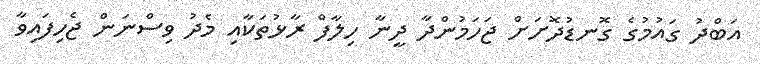
އަބްދު ގައުމުގެ ގޮނޑުދޮށަށް ޖަހަމުންދާ ދީނާ ހިލާފް ރާޅުތަކާއި މެދު ވިސްނަން ޖެހިފައިވާ